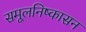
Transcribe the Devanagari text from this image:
समूलनिष्कासन